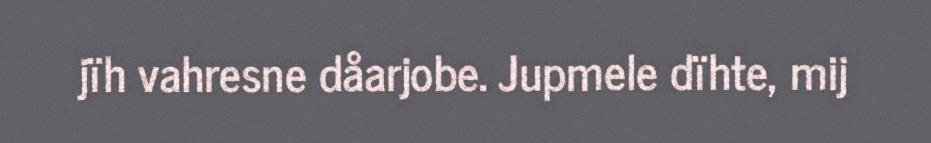
jïh vahresne dåarjobe. Jupmele dïhte, mij